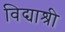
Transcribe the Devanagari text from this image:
विद्याश्री